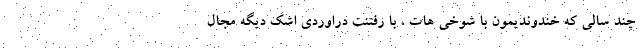
چند سالی که خندوندیمون با شوخی هات ، با رفتنت دراوردی اشک دیگه مجال